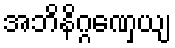
အဘိနိဂ္ဂဏှေယျ